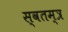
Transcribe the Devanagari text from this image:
स्वतम्त्र